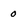
Character: o